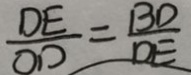
\frac { D E } { O D } = \frac { B D } { D E }